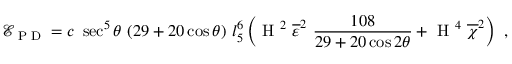
\mathcal { E } _ { \textup { P D } } = c \ \sec ^ { 5 } \theta \ ( 2 9 + 2 0 \cos \theta ) \ l _ { 5 } ^ { 6 } \left( \textup { H } ^ { 2 } \ \overline { { \varepsilon } } ^ { 2 } \ \frac { 1 0 8 } { 2 9 + 2 0 \cos 2 \theta } + \textup { H } ^ { 4 } \ \overline { { \chi } } ^ { 2 } \right) \ ,